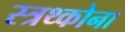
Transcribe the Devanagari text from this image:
स्त्रथ्कोना